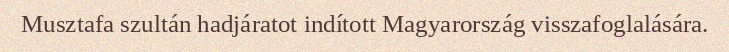
Musztafa szultán hadjáratot indított Magyarország visszafoglalására.